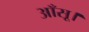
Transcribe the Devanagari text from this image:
आँसू।